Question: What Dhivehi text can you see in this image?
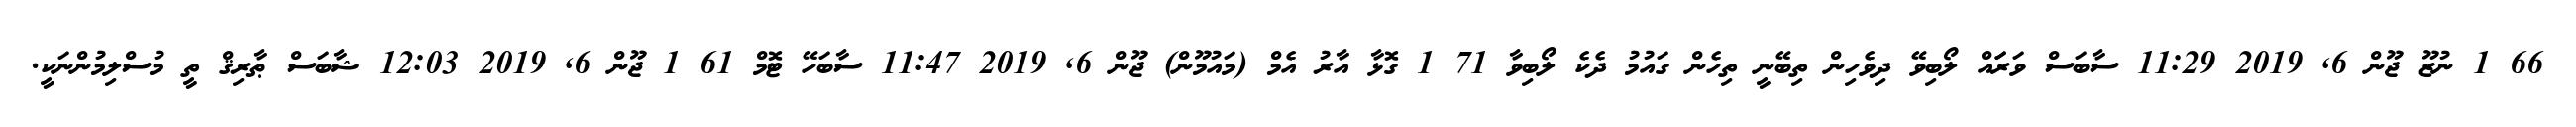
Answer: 66 1 ނުޒޫ ޖޫން 6, 2019 11:29 ސާބަސް ވަރަައް ލޯބިވޭ ދިވެހިން ތިބޭނީ ތިހެން ގައުމު ދެކެ ލޯބިވާ 71 1 ގޮޅާ އާރު އެމް (މައުމޫން) ޖޫން 6, 2019 11:47 ސާބަހޭ ޓޮމް 61 1 ޖޫން 6, 2019 12:03 ޝާބަސް ޠާރިޤް ތީ މުސްލިމުންނަކީ.